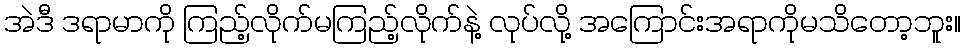
အဲဒီ ဒရာမာကို ကြည့်လိုက်မကြည့်လိုက်နဲ့ လုပ်လို့ အကြောင်းအရာကိုမသိတော့ဘူး။